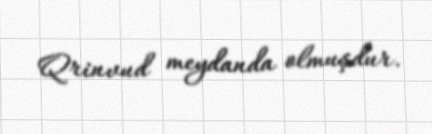
Qrinvud meydanda olmuşdur.